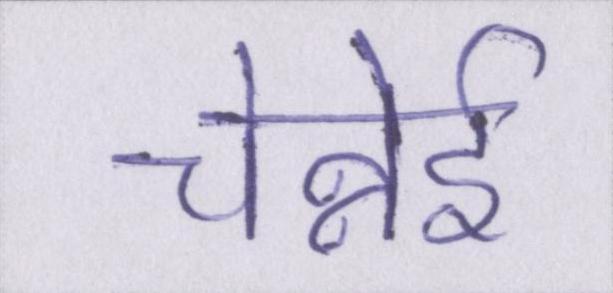
चेन्नेई